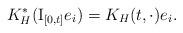
LaTeX: \begin{align*}K_H^*(\mathrm{I}_{[0,t]}e_i)=K_H(t,\cdot)e_i.\end{align*}